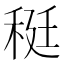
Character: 䅍